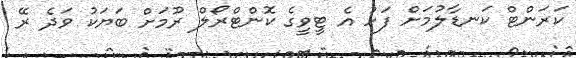
ކަރަންޓް ކަނޑާލުމަށް ފަހު އެ ޓީވީގެ ކޮންޓްރޯލް ރޫމަށް ބަޔަކު ވަދެ ރޭ